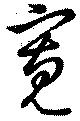
寛